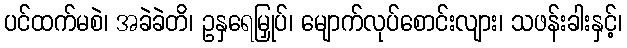
ပင်ထက်မစဲ၊ အခဲခဲတိ၊ ဥနှရေမြှုပ်၊ မျောက်လုပ်စောင်းလျား၊ သဖန်းခါးနှင့်၊